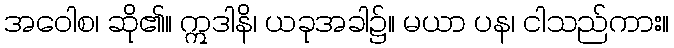
အဝေါစ၊ ဆို၏။ ဣဒါနိ၊ ယခုအခါ၌။ မယာ ပန၊ ငါသည်ကား။